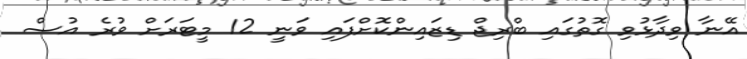
އޭނާ ވިދާޅުވި ގޮތުގައި ބްރިޖް ޑިޒައިންކޮށްފައި ވަނީ 12 މީޓަރަށް ވުރެ އުސް